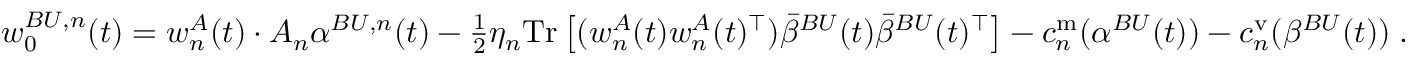
\begin{array} { r } { w _ { 0 } ^ { B U , n } ( t ) = w _ { n } ^ { A } ( t ) \cdot A _ { n } { \alpha } ^ { B U , n } ( t ) - \frac 1 2 \eta _ { n } \mathrm { T r } \left[ ( w _ { n } ^ { A } ( t ) w _ { n } ^ { A } ( t ) ^ { \top } ) \bar { { \beta } } ^ { B U } ( t ) \bar { { \beta } } ^ { B U } ( t ) ^ { \top } \right] - c _ { n } ^ { \mathrm { m } } ( { \alpha } ^ { B U } ( t ) ) - c _ { n } ^ { \mathrm { v } } ( { \beta } ^ { B U } ( t ) ) \; . } \end{array}